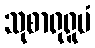
သုစာရုရူပံ